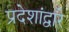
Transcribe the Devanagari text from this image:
प्रदेशांद्वारे